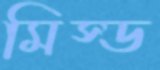
মিস্ড